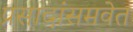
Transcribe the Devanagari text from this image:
प्रसादांसमवेत